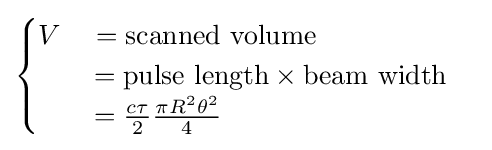
{\begin{cases}V\quad =\mathrm {scanned\,\,volume} \\\qquad =\mathrm {pulse\,\,length} \times \mathrm {beam\,\,width} \\\qquad ={\frac {c\tau }{2}}{\frac {\pi R^{2}\theta ^{2}}{4}}\end{cases}}